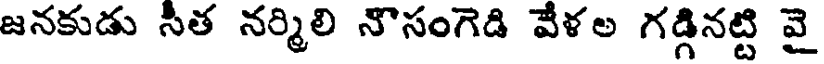
జనకుడు సీత నర్మిలి నౌసంగెడి వేళల గ్గినట్టి వై